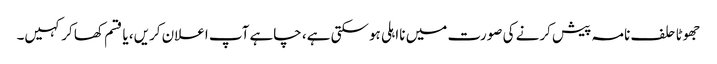
جھوٹا حلف نامہ پیش کرنے کی صورت میں نااہلی ہوسکتی ہے، چاہے آپ اعلان کریں، یا قسم کھا کر کہیں۔